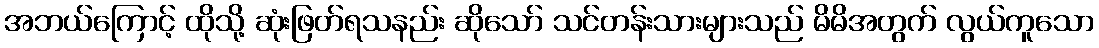
အဘယ်ကြောင့် ထိုသို့ ဆုံးဖြတ်ရသနည်း ဆိုသော် သင်တန်းသားများသည် မိမိအတွက် လွယ်ကူသော